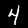
Digit: 4